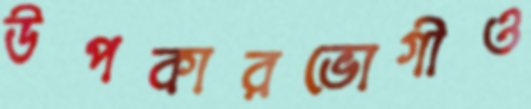
উপকারভোগীও